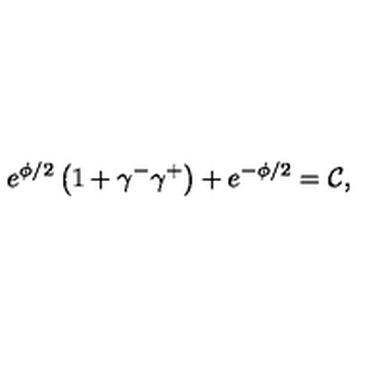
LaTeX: e ^ { \phi / 2 } \left( 1 + \gamma ^ { - } \gamma ^ { + } \right) + e ^ { - \phi / 2 } = \mathcal { C } ,